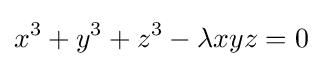
x^{3}+y^{3}+z^{3}-\lambda xyz=0\;